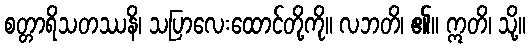
စတ္တာရိသတဿနိ၊ သပြာလေးထောင်တို့ကို။ လဘတိ၊ ၏။ ဣတိ၊ သို့။